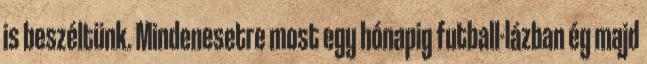
is beszéltünk. Mindenesetre most egy hónapig futball-lázban ég majd